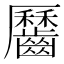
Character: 𪙪